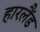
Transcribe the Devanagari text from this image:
हारलैंड